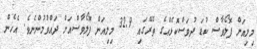
މިލިއަން ފޮލޯވާސް ކުޑަ ދުވަސްކޮޅެއްގެ ތެރޭގައި 32.9 މިލިއަން ފޮލޯވާސްއަށް ދައްވުމުންނެވެ. އެހެން